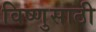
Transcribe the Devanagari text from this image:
विष्णुसाठी